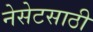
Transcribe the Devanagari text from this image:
नेसेटसाठी